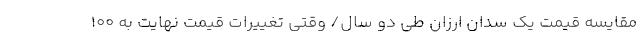
مقایسه قیمت یک سدان ارزان طی دو سال/ وقتی تغییرات قیمت نهایت به 100